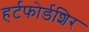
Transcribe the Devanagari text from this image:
हर्टफोर्डशिर